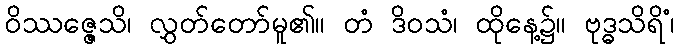
ဝိဿဇ္ဇေသိ၊ လွှတ်တော်မူ၏။ တံ ဒိဝသံ၊ ထိုနေ့၌။ ဗုဒ္ဓသိရိံ၊